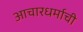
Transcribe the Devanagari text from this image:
आचारधर्माची